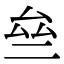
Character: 亝